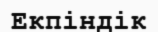
Екпіндік